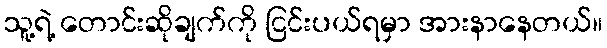
သူ့ရဲ့ တောင်းဆိုချက်ကို ငြင်းပယ်ရမှာ အားနာနေတယ်။